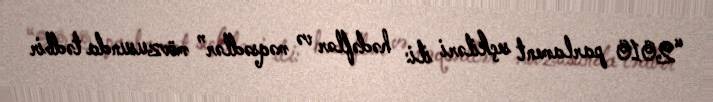
“2010 parlament seçkiləri ili: hədəflər və məqsədlər” mövzusunda tədbir